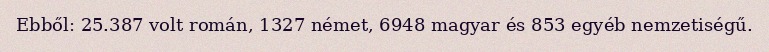
Ebből: 25.387 volt román, 1327 német, 6948 magyar és 853 egyéb nemzetiségű.